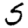
Digit: 5